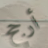
أرجح